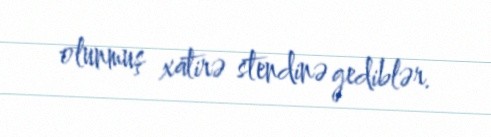
olunmuş xatirə stendinə gediblər.